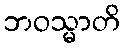
ဘဝသ္မာတိ